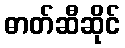
ဓာတ်ဆီဆိုင်